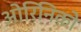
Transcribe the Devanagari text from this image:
ओरिनिको